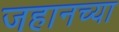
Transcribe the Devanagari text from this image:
जहानच्या